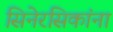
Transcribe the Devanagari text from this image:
सिनेरसिकांना